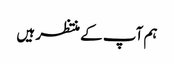
ہم آپ کے منتظر ہیں